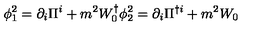
\phi _ { 1 } ^ { 2 } = \partial _ { i } \Pi ^ { i } + m ^ { 2 } W _ { 0 } ^ { \dagger } \phi _ { 2 } ^ { 2 } = \partial _ { i } \Pi ^ { \dagger i } + m ^ { 2 } W _ { 0 } \,